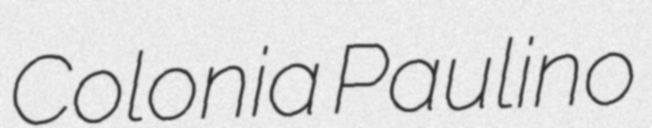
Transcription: Colonia Paulino